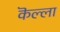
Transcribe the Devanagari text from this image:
कॆल्ला